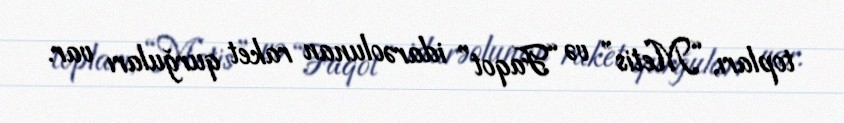
topları, “Metis” və “Faqot” idarəolunan raket qurğuları var.